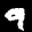
Label: 9